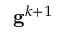
\mathbf { g } ^ { k + 1 }